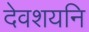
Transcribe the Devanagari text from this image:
देवशयनि